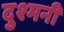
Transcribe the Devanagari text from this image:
दुश्‍मनी